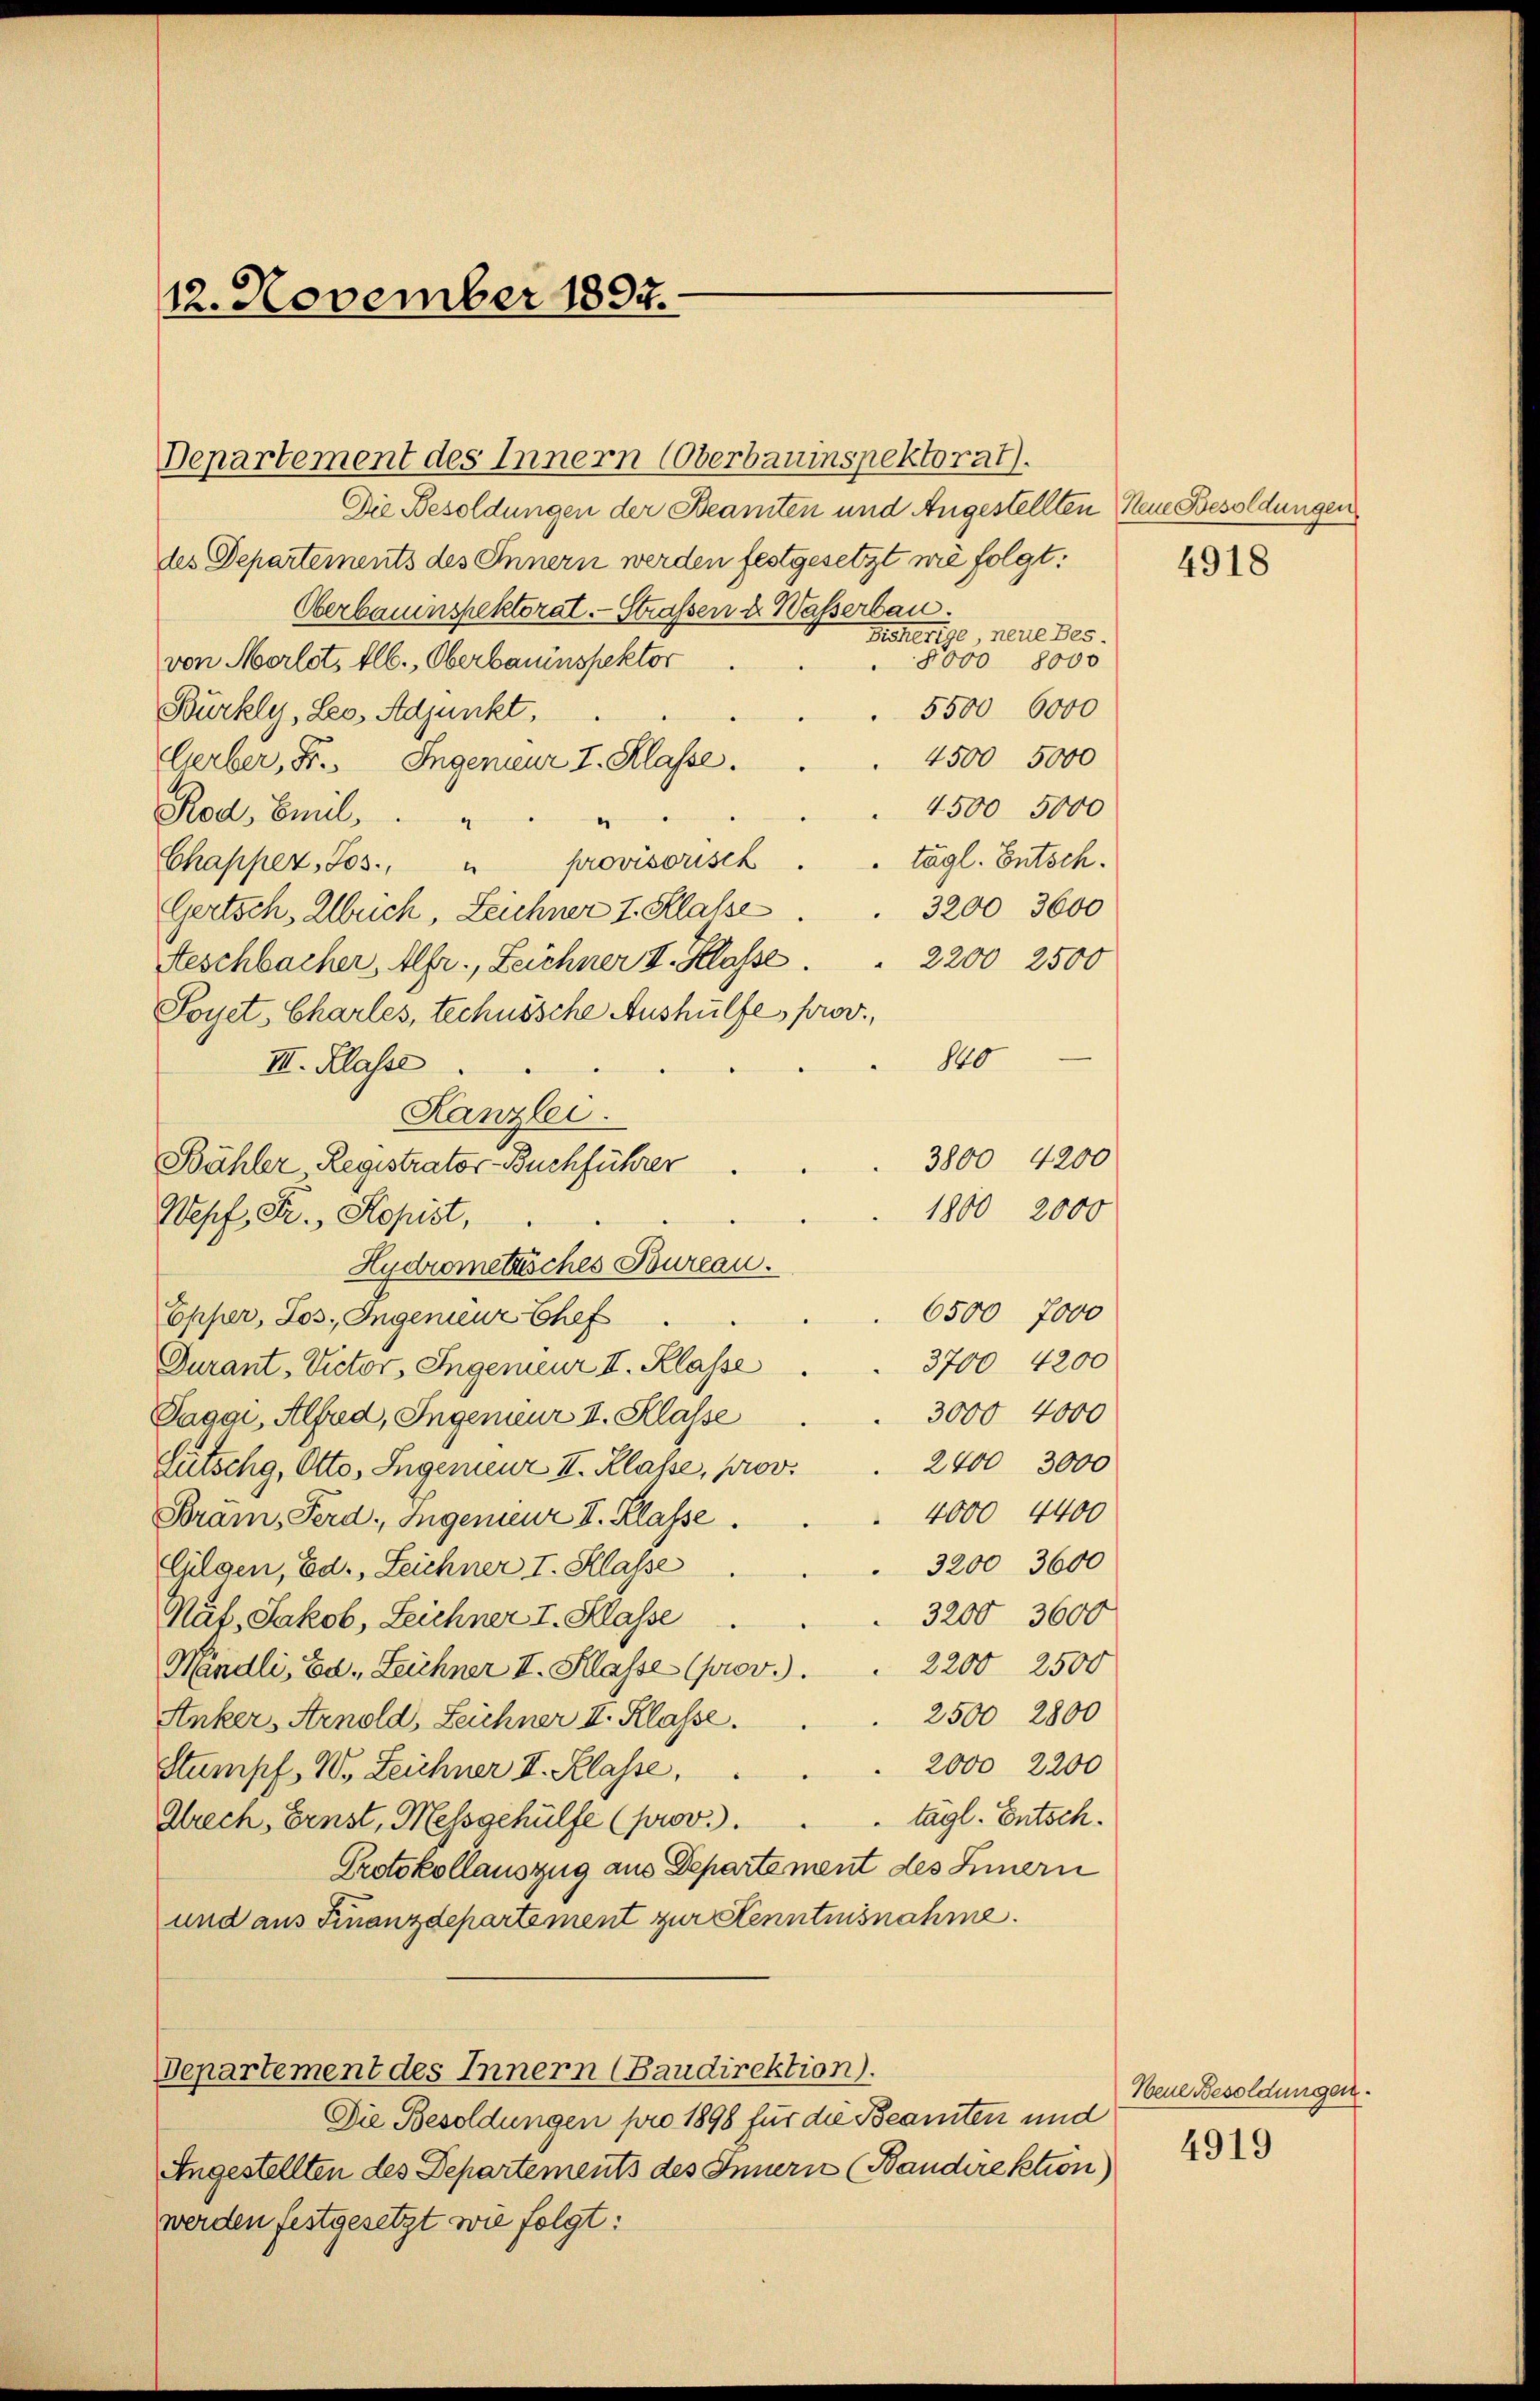
12. November 1894.

Departement des Innern (Oberbauinspektorat).
Die Besoldungen der Beamten und Angestellten Neue Besoldungen
des Departements des Innern werden festgesetzt wie folgt:
Oberbauenspektorat. — Straßen u. Wasserbau.
Bisherige, neue Bes
8000 8000
von Morlot, Elb., Oberbauinspektor
5500 6000
Bürkly, Leo, Adjunkt
4500 5000
lerber, Fr. Ingenieur I. Klasse.
4500 5000
Rod, Emil
e
tägl. Entsch.
Chapper, Jos. " provisorisch
3200 3600
Gertsch, Alleich, Leichner I. Klasse
2200 2500
Aeschbacher, Alfr., Leichner V. Klasse.
Foyet-Charles, technische Aushülfe, prov.,
140
III. Klasse
Kanzlei.
3800 4200
Bähler Registrator-Buchführer
1800 2000
Wepf, Fr., Kopist,
Hydrometrisches Toureau.
6500 7000
Epper, Los. Ingenieur Chef
3700 4200
Durant-Victor, Ingenieur II. Klasse
3000 4000
Paggi, Alfred, Ingenieur II. Klasse
2400 3000
Lütschg, Otto, Ingenieur II. Klasse, prov.
4000 4400
Bram, Ferd. Ingenieur II. Klasse
3200 3600
Gilgen, Ed., Leichner I. Klasse
3200 3600
Mät, Jakob, Leichner I. Klasse
2200 2500
Mindli, Ed. Leichner II. Klasse (prov.).
2500 2800
Anker, Arnold, Leichner I. Klasse.
2000 2200
Stumpf, W. Leichner I. Klasse,
tagl. Entsch.
Alrech, Ernst, Messgehülfe (prov.).
Protokollauszug aus Departement des Innern
und aus Finanzdepartement zur Kenntnisnahme.

Departement des Innern (Baudirektion).

Die Besoldungen pro 1898 für die Beamten und
Angestellten des Departements des Innern (Bandirektion
werden festgesetzt wie folgt:

4918

Neue Besoldungen.
4919